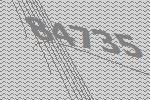
84735